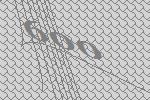
600